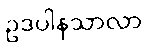
ဥဒပါနသာလာ